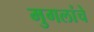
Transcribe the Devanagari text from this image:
मुगलांचे